Manual of vaccination for the United Provinces of Agra and Oudh -
Year: 1903
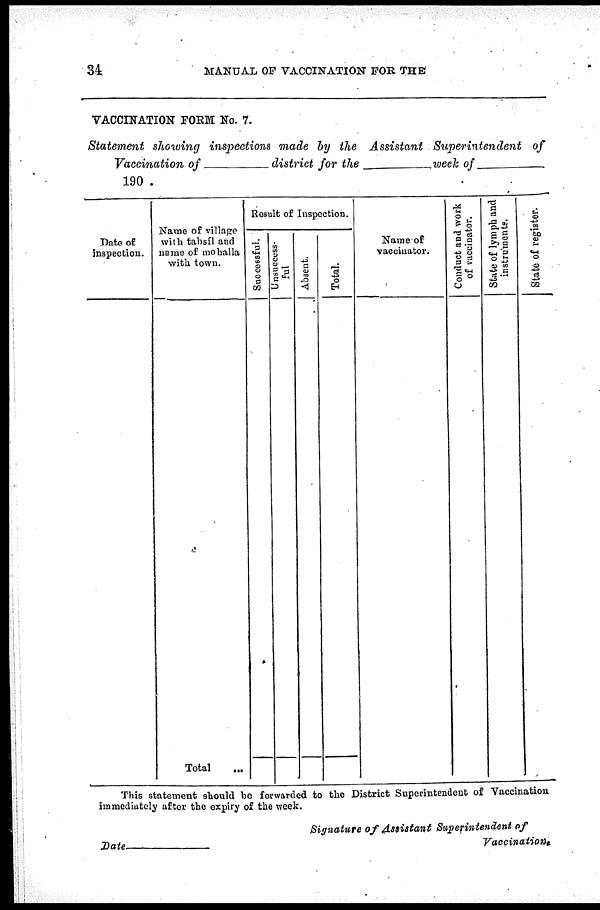
34
MANUAL OF VACCINATION FOR THE
VACCINATION FORM NO. 7.
Statement showing inspections made by the Assistant Superintendent of
Vaccination of—district for the—week
of—
190 .
Date of
inspection.
Name of village
with tahsíl and
name of mohalla
with town.
Total ...
Result of Inspection.
Successful.
Unsuccess-
ful
Absent.
Total.
Name of
vaccinator.
Conduct and work
of vaccinator.
State of lymph and
instruments.
State of register.
This statement should be forwarded to the District Superintendent of Vaccination
immediately after the expiry of the week.
Date—
Signature of Assistant Superintendent of
Vaccination.